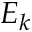
E _ { k }